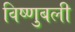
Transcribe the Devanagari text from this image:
विष्णुबली